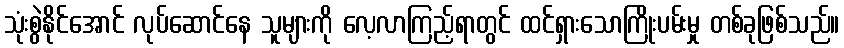
သုံးစွဲနိုင်အောင် လုပ်ဆောင်နေ သူများကို လေ့လာကြည့်ရာတွင် ထင်ရှားသောကြိုးပမ်းမှု တစ်ခုဖြစ်သည်။